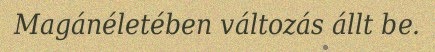
Magánéletében változás állt be.